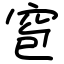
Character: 窇